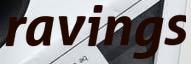
ravings